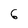
Character: 6